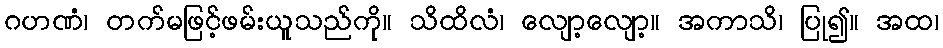
ဂဟဏံ၊ တက်မဖြင့်ဖမ်းယူသည်ကို။ သိထိလံ၊ လျော့လျော့။ အကာသိ၊ ပြု၍။ အထ၊